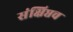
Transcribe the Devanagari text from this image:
संक्षिप्तच